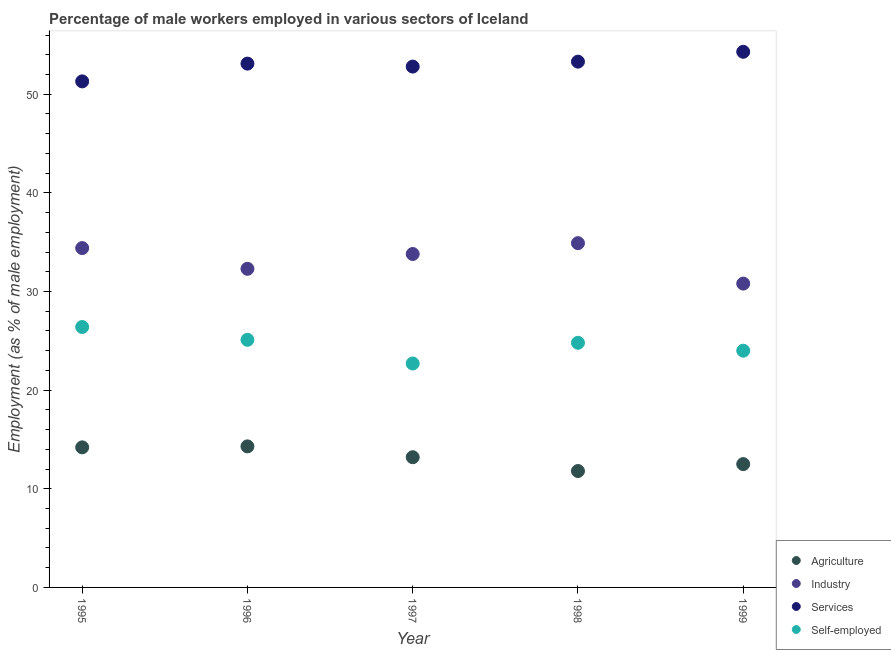
| Year | Agriculture | Industry | Services | Self-employed |
 | --- | --- | --- | --- | --- |
 | 1995 | 14.2 | 34.4 | 51.3 | 26.4 |
 | 1996 | 14.3 | 32.3 | 53.1 | 25.1 |
 | 1997 | 13.2 | 33.8 | 52.8 | 22.7 |
 | 1998 | 11.8 | 34.9 | 53.3 | 24.8 |
 | 1999 | 12.5 | 30.8 | 54.3 | 24 |